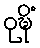
ဝုဍ္ဎိံ